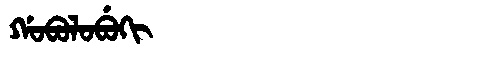
Manchu: ᡤᠣᠪᠣᠯᠣᠪᡠᡴᡳ
Romanization: GOBOLOBUKI